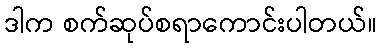
ဒါက စက်ဆုပ်စရာကောင်းပါတယ်။